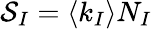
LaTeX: \mathcal{S}_{I}=\langle k_{I}\rangle N_{I}